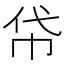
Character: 帒